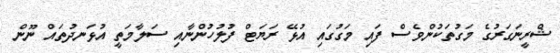
ޝްރީނަގަރުގެ މަގުތަކުންވެސް ފައި މަގުގައި އުޅޭ ރަޔަޓް ފުލުހުންނާއި ސަލާމަތީ އުޅަނދުތައް ނޫން